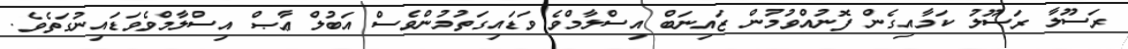
ރަސޫލާ ރަސޫލު ކަމާއިގެން ފޮނުއްވުމުން ޒައިނަބް އިސްލާމްވެ ވަޑައިގަތުމުންވެސް އަބުލް ޢާޞް އިސްލާމްވެވަޑައިނުގަތެވެ.